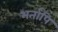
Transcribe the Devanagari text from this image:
भर्तापि